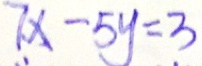
7 x - 5 y = 3